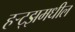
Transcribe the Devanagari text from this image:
हर्‍ट्झमधील